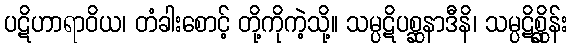
ပဋိဟာရာဝိယ၊ တံခါးစောင့် တို့ကိုကဲ့သို့။ သမ္ပဋိပစ္ဆနာဒီနိ၊ သမ္ပဋိစ္ဆိုန်း